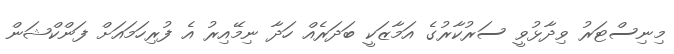
މިނިސްޓަރު ވިދާޅުވީ ސަރުކާރުގެ އަމާޒަކީ ބަދަރެއް ހަދާ ނިމޭއިރު އެ ފުރިހަމައަށް ފަންކްޝަން